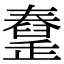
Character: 𦦜